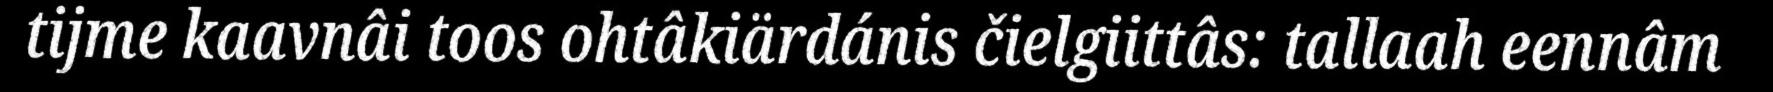
tijme kaavnâi toos ohtâkiärdánis čielgiittâs: tallaah eennâm